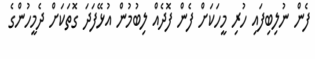
ފެން ނުލިބިފައި ހުރި މީހަކަށް ފެން ފޮދެއް ލިބުމުން އުޅޭފަދަ ގޮތަކަށް ދެމީހުންގެ